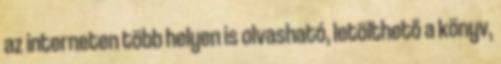
az interneten több helyen is olvasható, letölthető a könyv,